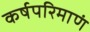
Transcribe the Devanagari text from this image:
कर्षपरिमाणं